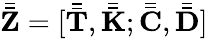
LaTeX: \bar{\bar{\mathbf{Z}}}=[\bar{\bar{\mathbf{T}}},\bar{\bar{\mathbf{K}}};\bar{\bar{\mathbf{C}}},\bar{\bar{\mathbf{D}}}]